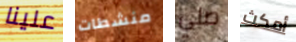
علينا منشطات صلي أمكث